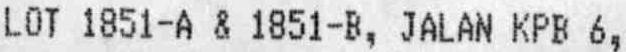
LOT 1851-A & 1851-B, JALAN KPB 6,